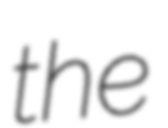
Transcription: the